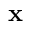
\textbf { x }